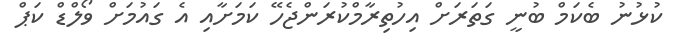
ކުޅުނު ބެކަމް ބުނީ ގަތަރަށް އިހުތިރާމްކުރަންޖެހޭ ކަމަށާއި އެ ގައުމަށް ވޯލްޑް ކަޕް